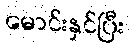
မောင်းနှင်ပြီး